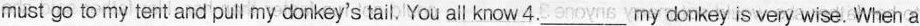
must go to my tent and pull my donkey's tail. You all know 4.___my donkey is very wise. When a